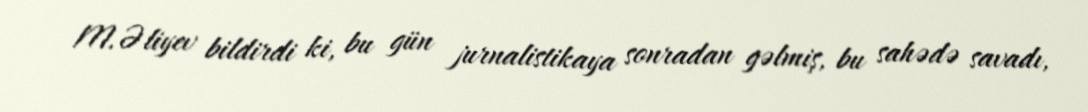
M.Əliyev bildirdi ki, bu gün jurnalistikaya sonradan gəlmiş, bu sahədə savadı,